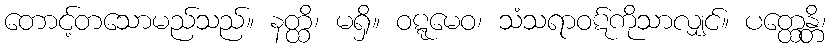
တောင့်တသောမည်သည်။ နတ္ထိ၊ မရှိ။ ဝဋ္ဋမေဝ၊ သံသရာဝဋ်ကိုသာလျှင်။ ပတ္ထေန္တိ၊